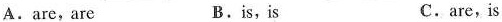
A.are, are B.is,is C.are,is